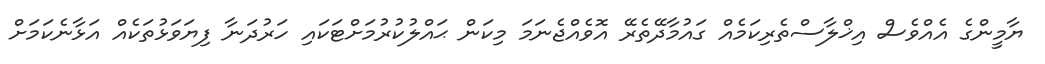
ޔާމީންގެ އެއްވެސް އިޚްލާސްތެރިކަމެއް ގައުމާދޭތެރޭ އޮވެއްޖެނަމަ މިކަން ޙައްލުކުރުމަށްޓަކައި ހަރުދަނާ ފިޔަވަޅުތަކެއް އަޅާނެކަމަށް